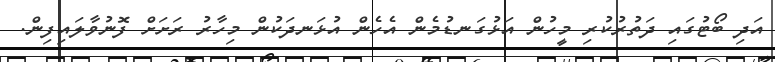
އަދި ބޯޓުގައި ދަތުރުކުރި މީހުން އަޅުގަނޑުމެން އެހެން އުޅަނދަކުން މިހާރު ރަށަށް ފޮނުވާލައިފިން.